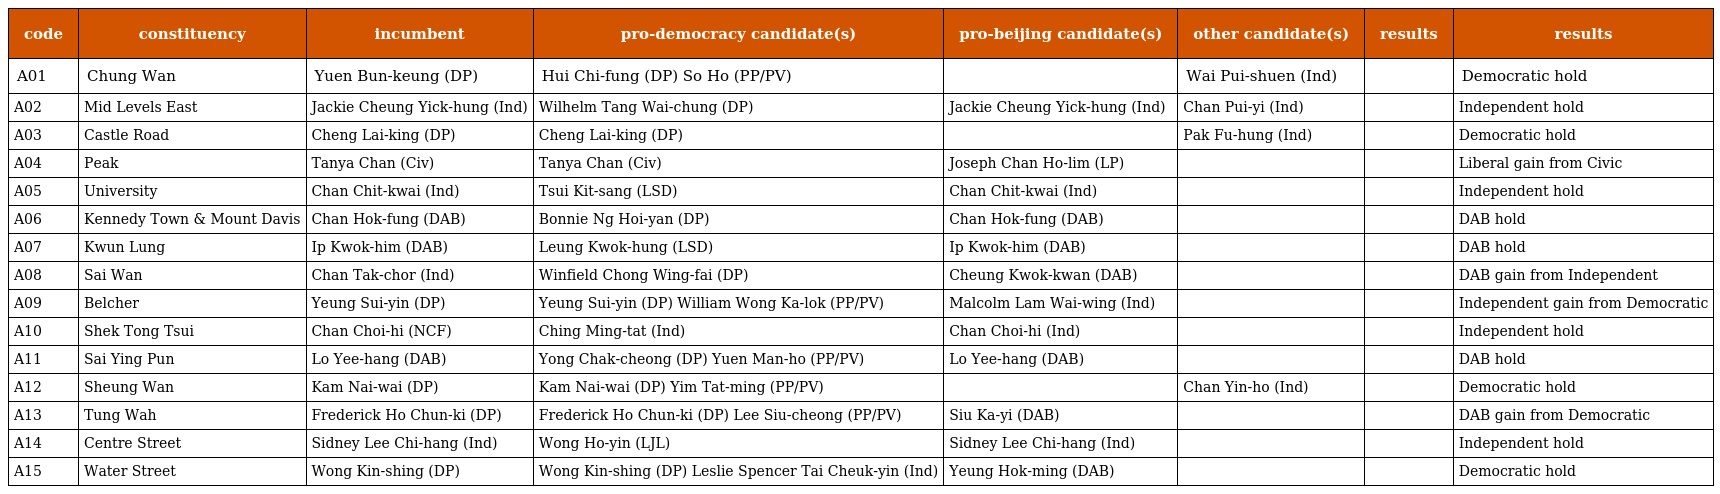
| code | constituency | incumbent | pro-democracy candidate(s) | pro-beijing candidate(s) | other candidate(s) | results | results |
 | --- | --- | --- | --- | --- | --- | --- | --- |
 | A01 | Chung Wan | Yuen Bun-keung (DP) | Hui Chi-fung (DP) So Ho (PP/PV) |  | Wai Pui-shuen (Ind) |  | Democratic hold |
 | A02 | Mid Levels East | Jackie Cheung Yick-hung (Ind) | Wilhelm Tang Wai-chung (DP) | Jackie Cheung Yick-hung (Ind) | Chan Pui-yi (Ind) |  | Independent hold |
 | A03 | Castle Road | Cheng Lai-king (DP) | Cheng Lai-king (DP) |  | Pak Fu-hung (Ind) |  | Democratic hold |
 | A04 | Peak | Tanya Chan (Civ) | Tanya Chan (Civ) | Joseph Chan Ho-lim (LP) |  |  | Liberal gain from Civic |
 | A05 | University | Chan Chit-kwai (Ind) | Tsui Kit-sang (LSD) | Chan Chit-kwai (Ind) |  |  | Independent hold |
 | A06 | Kennedy Town & Mount Davis | Chan Hok-fung (DAB) | Bonnie Ng Hoi-yan (DP) | Chan Hok-fung (DAB) |  |  | DAB hold |
 | A07 | Kwun Lung | Ip Kwok-him (DAB) | Leung Kwok-hung (LSD) | Ip Kwok-him (DAB) |  |  | DAB hold |
 | A08 | Sai Wan | Chan Tak-chor (Ind) | Winfield Chong Wing-fai (DP) | Cheung Kwok-kwan (DAB) |  |  | DAB gain from Independent |
 | A09 | Belcher | Yeung Sui-yin (DP) | Yeung Sui-yin (DP) William Wong Ka-lok (PP/PV) | Malcolm Lam Wai-wing (Ind) |  |  | Independent gain from Democratic |
 | A10 | Shek Tong Tsui | Chan Choi-hi (NCF) | Ching Ming-tat (Ind) | Chan Choi-hi (Ind) |  |  | Independent hold |
 | A11 | Sai Ying Pun | Lo Yee-hang (DAB) | Yong Chak-cheong (DP) Yuen Man-ho (PP/PV) | Lo Yee-hang (DAB) |  |  | DAB hold |
 | A12 | Sheung Wan | Kam Nai-wai (DP) | Kam Nai-wai (DP) Yim Tat-ming (PP/PV) |  | Chan Yin-ho (Ind) |  | Democratic hold |
 | A13 | Tung Wah | Frederick Ho Chun-ki (DP) | Frederick Ho Chun-ki (DP) Lee Siu-cheong (PP/PV) | Siu Ka-yi (DAB) |  |  | DAB gain from Democratic |
 | A14 | Centre Street | Sidney Lee Chi-hang (Ind) | Wong Ho-yin (LJL) | Sidney Lee Chi-hang (Ind) |  |  | Independent hold |
 | A15 | Water Street | Wong Kin-shing (DP) | Wong Kin-shing (DP) Leslie Spencer Tai Cheuk-yin (Ind) | Yeung Hok-ming (DAB) |  |  | Democratic hold |